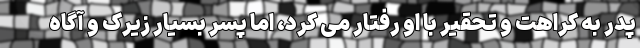
پدر به کراهت و تحقیر با او رفتار می کرد، اما پسر بسیار زیرک و آگاه